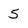
Character: 5